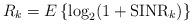
LaTeX: \begin{align*} R_k = E \left\{\log_2 (1 + \textrm{SINR}_k)\right\} \end{align*}